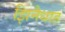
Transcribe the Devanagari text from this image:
झिनैधाह